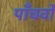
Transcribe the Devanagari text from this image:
पाँचवों